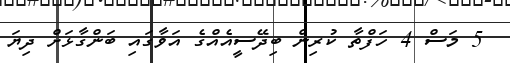
5 މަސް 4 ހަފްތާ ކުރިން ބިދޭސީއެއްގެ އަވާގައި ބަންގާޅަށް ދިޔަ